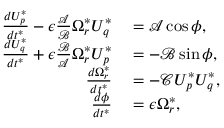
\begin{array} { r l } { \frac { d U _ { p } ^ { * } } { d t ^ { * } } - \epsilon \frac { \mathcal { A } } { \mathcal { B } } \Omega _ { r } ^ { * } U _ { q } ^ { * } } & { { } = \mathcal { A } \cos \phi , } \\ { \frac { d U _ { q } ^ { * } } { d t ^ { * } } + \epsilon \frac { \mathcal { B } } { \mathcal { A } } \Omega _ { r } ^ { * } U _ { p } ^ { * } } & { { } = - \mathcal { B } \sin \phi , } \\ { \frac { d \Omega _ { r } ^ { * } } { d t ^ { * } } } & { { } = - \mathcal { C } U _ { p } ^ { * } U _ { q } ^ { * } , } \\ { \frac { d \phi } { d t ^ { * } } } & { { } = \epsilon \Omega _ { r } ^ { * } , } \end{array}